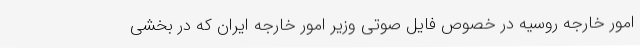
امور خارجه روسیه در خصوص فایل صوتی وزیر امور خارجه ایران که در بخشی